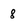
Character: 8